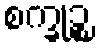
စက္ခုဉ္စ